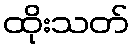
ထိုးသတ်